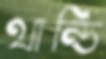
থান্ডি